Scientific memoirs by medical officers of the Army of India - Part III,
Year: 1887
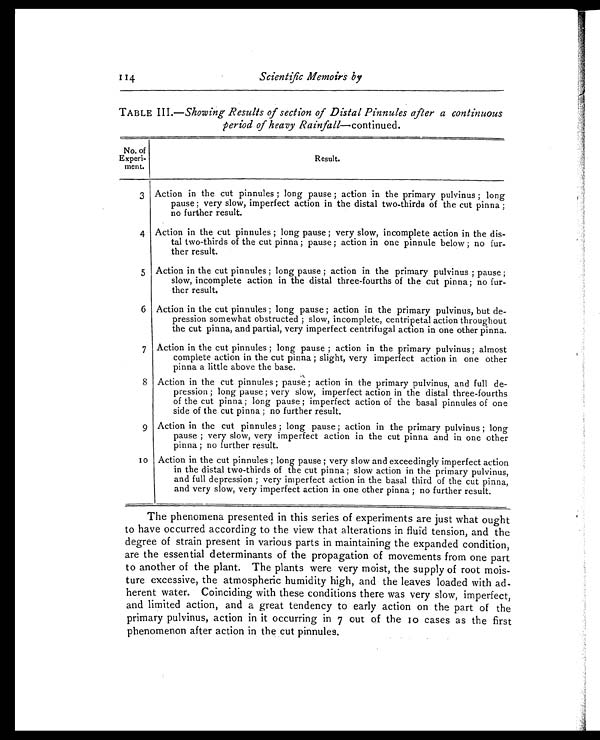
114
Scientific Memoirs by
TABLE III.— Showing Results of section of Distal Pinnules after a continuous
period of heavy Rainfall—continued.
No. of
Experi -
ment.
Resul t.
3 Action in the cut pinnules ; long pause ; action in the primary pulvinus ; long
pause ; very slow, imperfect action in the distal two-thirds of the cut pinna ;
no further result.
4 Action in the cut pinnules ; long pause ; very slow, incomplete action in the dis-
tal two-thirds of the cut pinna ; pause ; action in one pinnule below ; no fur-
ther result.
5 Action in the cut pinnules ; long pause ; action in the primary pulvinus ; pause ;
slow, incomplete action in the distal three-fourths of the cut pinna; no fur-
ther result.
6 Action in the cut pinnules ; long pause ; action in the primary pulvinus, but de-
pression somewhat obstructed ; slow, incomplete, centripetal action throughout
the cut pinna, and partial, very imperfect centrifugal action in one other pinna.
7 Action in the cut pinnules ; long pause ; action in the primary pulvinus ; almost
complete action in the cut pinna ; slight, very imperfect action in one other
pinna a little above the base.
8 Action in the cut pin nules ; pause ; action in the primary pulvinus, and full de-
pression ; long pause ; very slow, imperfect action in the distal three-fourths
of the cut pinna ; long pause; imperfect action of the basal pinnules of one
side of the cut pinna ; no further result.
9 Action in the cut pinnules ; long pause ; action in the primary pulvinus ; long
pause ; very slow, very imperfect action in the cut pinna and in one other
pinna ; no further result.
1 0 Action in the cut pinnules ; long pause ; very slow and exceedingly imperfect action
in the distal two-thirds of the cut pinna ; slow action in the primary pulvinus,
and full depression ; very imperfect action in the basal third of the cut pinna,
and very slow, very imperfect action in one other pinna ; no further result.
The phenomena presented in this series of experiments are just what ought
to have occurred according to the view that alterations in fluid tension, and the
degree of strain present in various parts in maintaining the expanded condition,
are the essential determinants of the propagation of movements from one part
to another of the plant. The plants were very moist, the supply of root mois
-ture excessive, the atmospheric humidity high, and the leaves loaded with ad
- h e r e n t w a t e r . C o i n c i d i n g w i t h t h e s e c o n d i t i o n s t h e r e w a s v e r y s l o w , i m p e r f e c t ,
and limited action, and a great tendency to early action on the part of the
primary pulvinus, action in it occurring in 7 out of the 10 cases as the first
phenomenon after action in the cut pinnules.